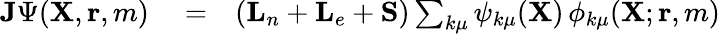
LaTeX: \begin{array}{rlr}{{\mathbf{J}}\Psi({\mathbf{X}},{\mathbf{r}},m)}&{{}=}&{({\mathbf{L}}_{n}+{\mathbf{L}}_{e}+{\mathbf{S}})\sum_{k\mu}\psi_{k\mu}({\mathbf{X}})\, \phi_{k\mu}({\mathbf{X}};{\mathbf{r}},m)}\end{array}